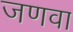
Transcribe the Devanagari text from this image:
जणवा